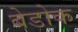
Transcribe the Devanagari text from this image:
बेडोक